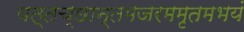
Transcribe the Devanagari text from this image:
यत्तच्छान्तमजरममृतमभयं